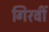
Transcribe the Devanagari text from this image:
गिरवीं